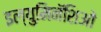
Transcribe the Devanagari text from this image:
इल्युमिनॅशिओ